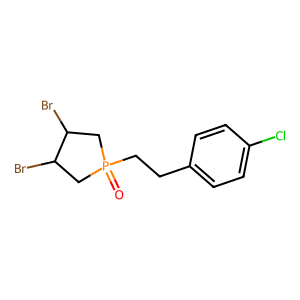
SMILES: O=P1(CCc2ccc(Cl)cc2)CC(Br)C(Br)C1
Inhibits HIV replication: No